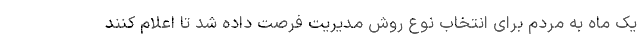
یک ماه به مردم برای انتخاب نوع روش مدیریت فرصت داده شد تا اعلام کنند